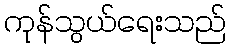
ကုန်သွယ်ရေးသည်